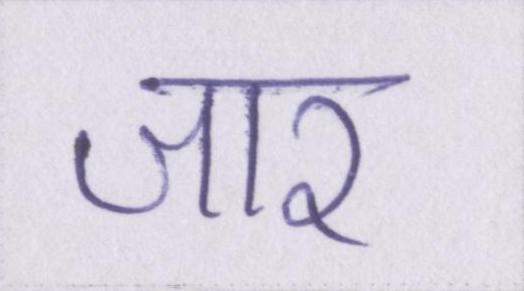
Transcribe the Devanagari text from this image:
जार